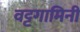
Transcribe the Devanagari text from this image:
वट्टगामिनी